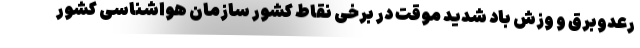
رعدوبرق و وزش باد شدید موقت در برخی نقاط کشور سازمان هواشناسی کشور